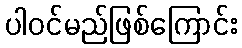
ပါဝင်မည်ဖြစ်ကြောင်း